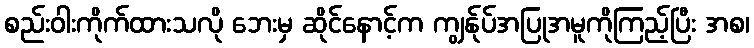
စည်းဝါးကိုက်ထားသလို ဘေးမှ ဆိုင်နောင့်က ကျွန်ုပ်အပြုအမူကိုကြည့်ပြီး အစ၊